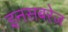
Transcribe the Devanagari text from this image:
इनसबरेज़